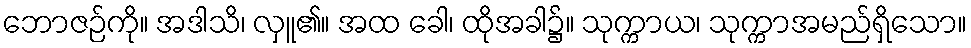
ဘောဇဉ်ကို။ အဒါသိ၊ လှူ၏။ အထ ခေါ၊ ထိုအခါ၌။ သုက္ကာယ၊ သုက္ကာအမည်ရှိသော။